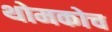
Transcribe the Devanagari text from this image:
थोमकोच